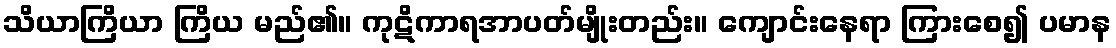
သိယာကြိယာ ကြိယ မည်၏။ ကုဋိကာရအာပတ်မျိုးတည်း။ ကျောင်းနေရာ ကြားစေ၍ ပမာန